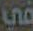
في